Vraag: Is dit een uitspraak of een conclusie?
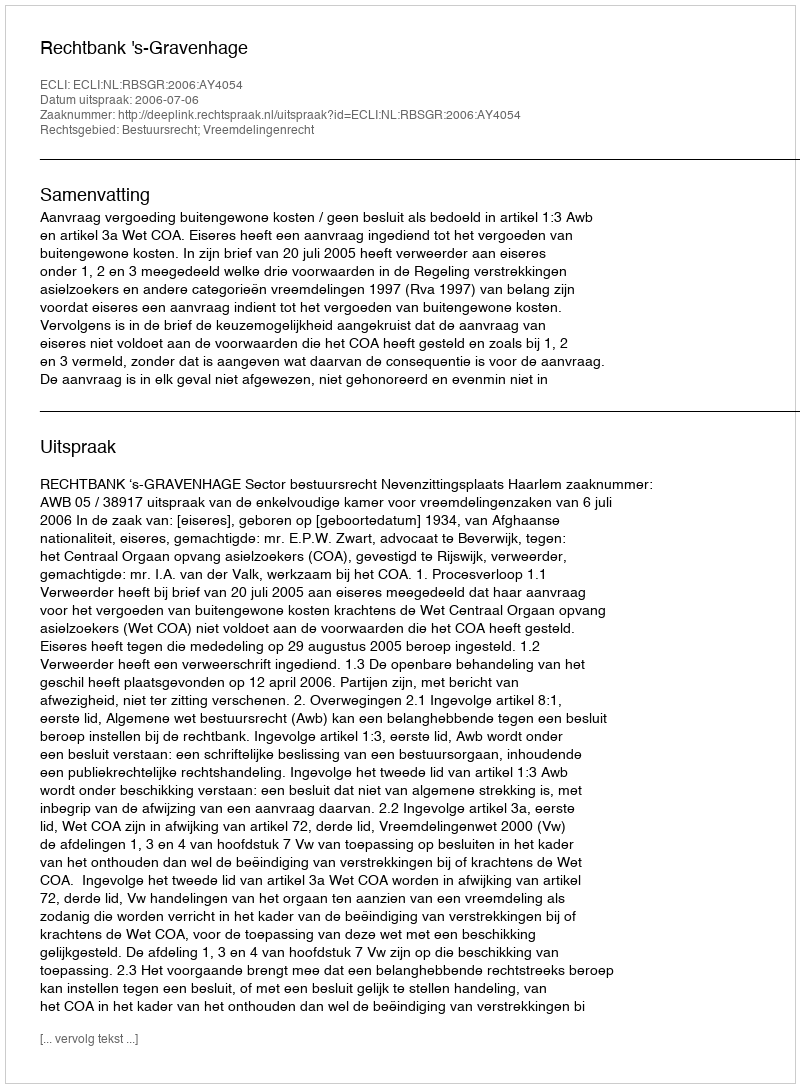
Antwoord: Uitspraak